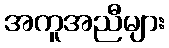
အကူအညီများ